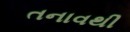
તનાવથી